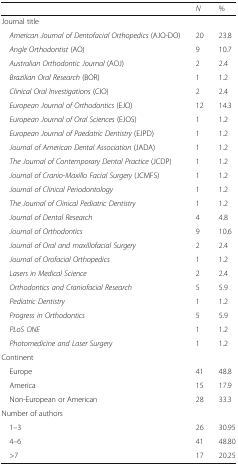
<table><thead><tr><td></td><td><b><i>N</i></b></td><td><b>%</b></td></tr></thead><tbody><tr><td colspan="3">Journal title</td></tr><tr><td> <i>American Journal of Dentofacial Orthopedics</i> (AJO-DO)</td><td>20</td><td>23.8</td></tr><tr><td> <i>Angle Orthodontist</i> (AO)</td><td>9</td><td>10.7</td></tr><tr><td> <i>Australian Orthodontic Journal</i> (AOJ)</td><td>2</td><td>2.4</td></tr><tr><td> <i>Brazilian Oral Research</i> (BOR)</td><td>1</td><td>1.2</td></tr><tr><td> <i>Clinical Oral Investigations</i> (CIO)</td><td>2</td><td>2.4</td></tr><tr><td> <i>European Journal of Orthodontics</i> (EJO)</td><td>12</td><td>14.3</td></tr><tr><td> <i>European Journal of Oral Sciences</i> (EJOS)</td><td>1</td><td>1.2</td></tr><tr><td> <i>European Journal of Paedatric Dentistry</i> (EJPD)</td><td>1</td><td>1.2</td></tr><tr><td> <i>Journal of American Dental Association</i> (JADA)</td><td>1</td><td>1.2</td></tr><tr><td> <i>The Journal of Contemporary Dental Practice</i> (JCDP)</td><td>1</td><td>1.2</td></tr><tr><td> <i>Journal of Cranio-Maxillo Facial Surgery</i> (JCMFS)</td><td>1</td><td>1.2</td></tr><tr><td> <i>Journal of Clinical Periodontology</i></td><td>1</td><td>1.2</td></tr><tr><td> <i>The Journal of Clinical Pediatric Dentistry</i></td><td>1</td><td>1.2</td></tr><tr><td> <i>Journal of Dental Research</i></td><td>4</td><td>4.8</td></tr><tr><td> <i>Journal of Orthodontics</i></td><td>9</td><td>10.6</td></tr><tr><td> <i>Journal of Oral and maxillofacial Surgery</i></td><td>2</td><td>2.4</td></tr><tr><td> <i>Journal of Orofacial Orthopedics</i></td><td>1</td><td>1.2</td></tr><tr><td> <i>Lasers in Medical Science</i></td><td>2</td><td>2.4</td></tr><tr><td> <i>Orthodontics and Craniofacial Research</i></td><td>5</td><td>5.9</td></tr><tr><td> <i>Pediatric Dentistry</i></td><td>1</td><td>1.2</td></tr><tr><td> <i>Progress in Orthodontics</i></td><td>5</td><td>5.9</td></tr><tr><td> <i>PLoS ONE</i></td><td>1</td><td>1.2</td></tr><tr><td> <i>Photomedicine and Laser Surgery</i></td><td>1</td><td>1.2</td></tr><tr><td colspan="3">Continent</td></tr><tr><td> Europe</td><td>41</td><td>48.8</td></tr><tr><td> America</td><td>15</td><td>17.9</td></tr><tr><td> Non-European or American</td><td>28</td><td>33.3</td></tr><tr><td colspan="3">Number of authors</td></tr><tr><td> 1–3</td><td>26</td><td>30.95</td></tr><tr><td> 4–6</td><td>41</td><td>48.80</td></tr><tr><td> &gt;7</td><td>17</td><td>20.25</td></tr></tbody></table>